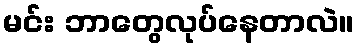
မင်း ဘာတွေလုပ်နေတာလဲ။